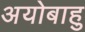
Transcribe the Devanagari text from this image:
अयोबाहु